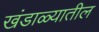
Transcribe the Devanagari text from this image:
खंडाळ्यातील